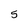
Character: 5